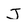
Character: J